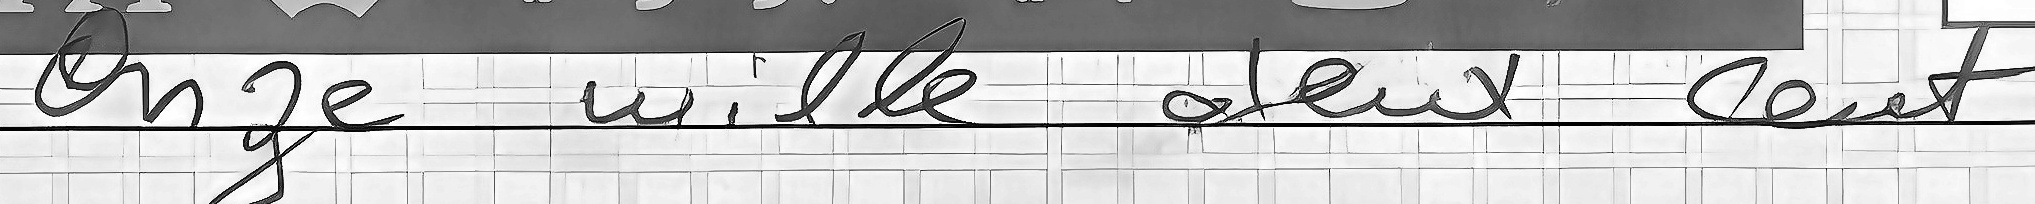
Onze mille deux cent